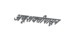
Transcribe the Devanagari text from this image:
अणूशक्तीपासून